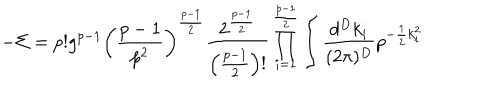
- \Sigma = p ! g ^ { p - 1 } \left( \frac { p - 1 } { p ^ { 2 } } \right) ^ { \frac { p - 1 } { 2 } } \frac { 2 ^ { \frac { p - 1 } { 2 } } } { \left( \frac { p - 1 } { 2 } \right) ! } \prod _ { i = 1 } ^ { \frac { p - 1 } { 2 } } \int \frac { d ^ { D } k _ { i } } { ( 2 \pi ) ^ { D } } p ^ { - \frac { 1 } { 2 } k _ { i } ^ { 2 } }